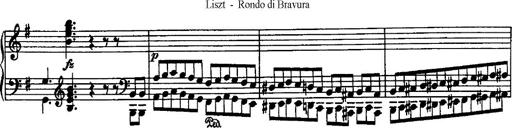
Title: Rondo di bravura
Composer: Franz Liszt